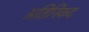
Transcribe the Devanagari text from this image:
अतिनिकट